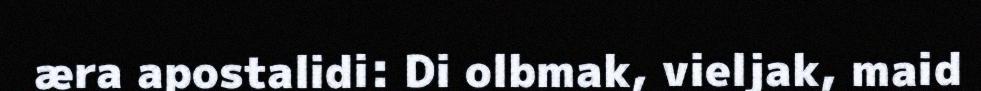
æra apostalidi: Di olbmak, vieljak, maid